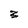
Character: 3